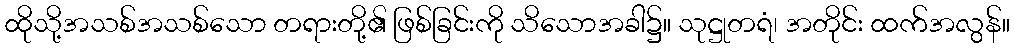
ထိုသို့အသစ်အသစ်သော တရားတို့၏ ဖြစ်ခြင်းကို သိသောအခါ၌။ သုဋ္ဌုတရံ၊ အတိုင်း ထက်အလွန်။